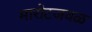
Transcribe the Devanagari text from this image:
मारोटजवळ